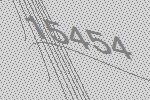
15454